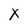
Character: X